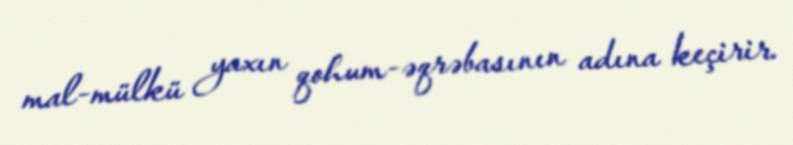
mal-mülkü yaxın qohum-əqrəbasının adına keçirir.